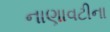
નાણાવટીના